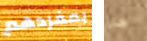
بمفردهم هل